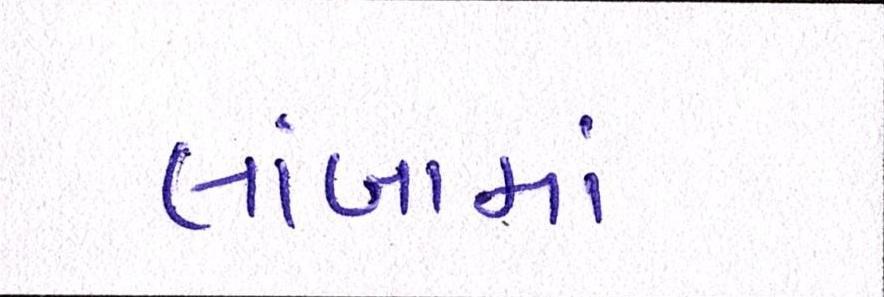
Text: લાંબામાં